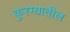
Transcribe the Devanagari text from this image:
कुरम्यातील